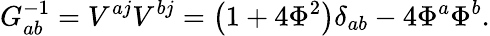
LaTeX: G_{ab}^{-1}=V^{aj}V^{bj}=\left(1+4\Phi^{2}\right)\delta_{ab}-4\Phi^{a}\Phi^{b}.